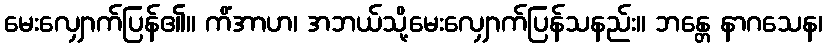
မေးလျှောက်ပြန်၏။ ကိံအာဟ၊ အဘယ်သို့မေးလျှောက်ပြန်သနည်း။ ဘန္တေ နာဂသေန၊